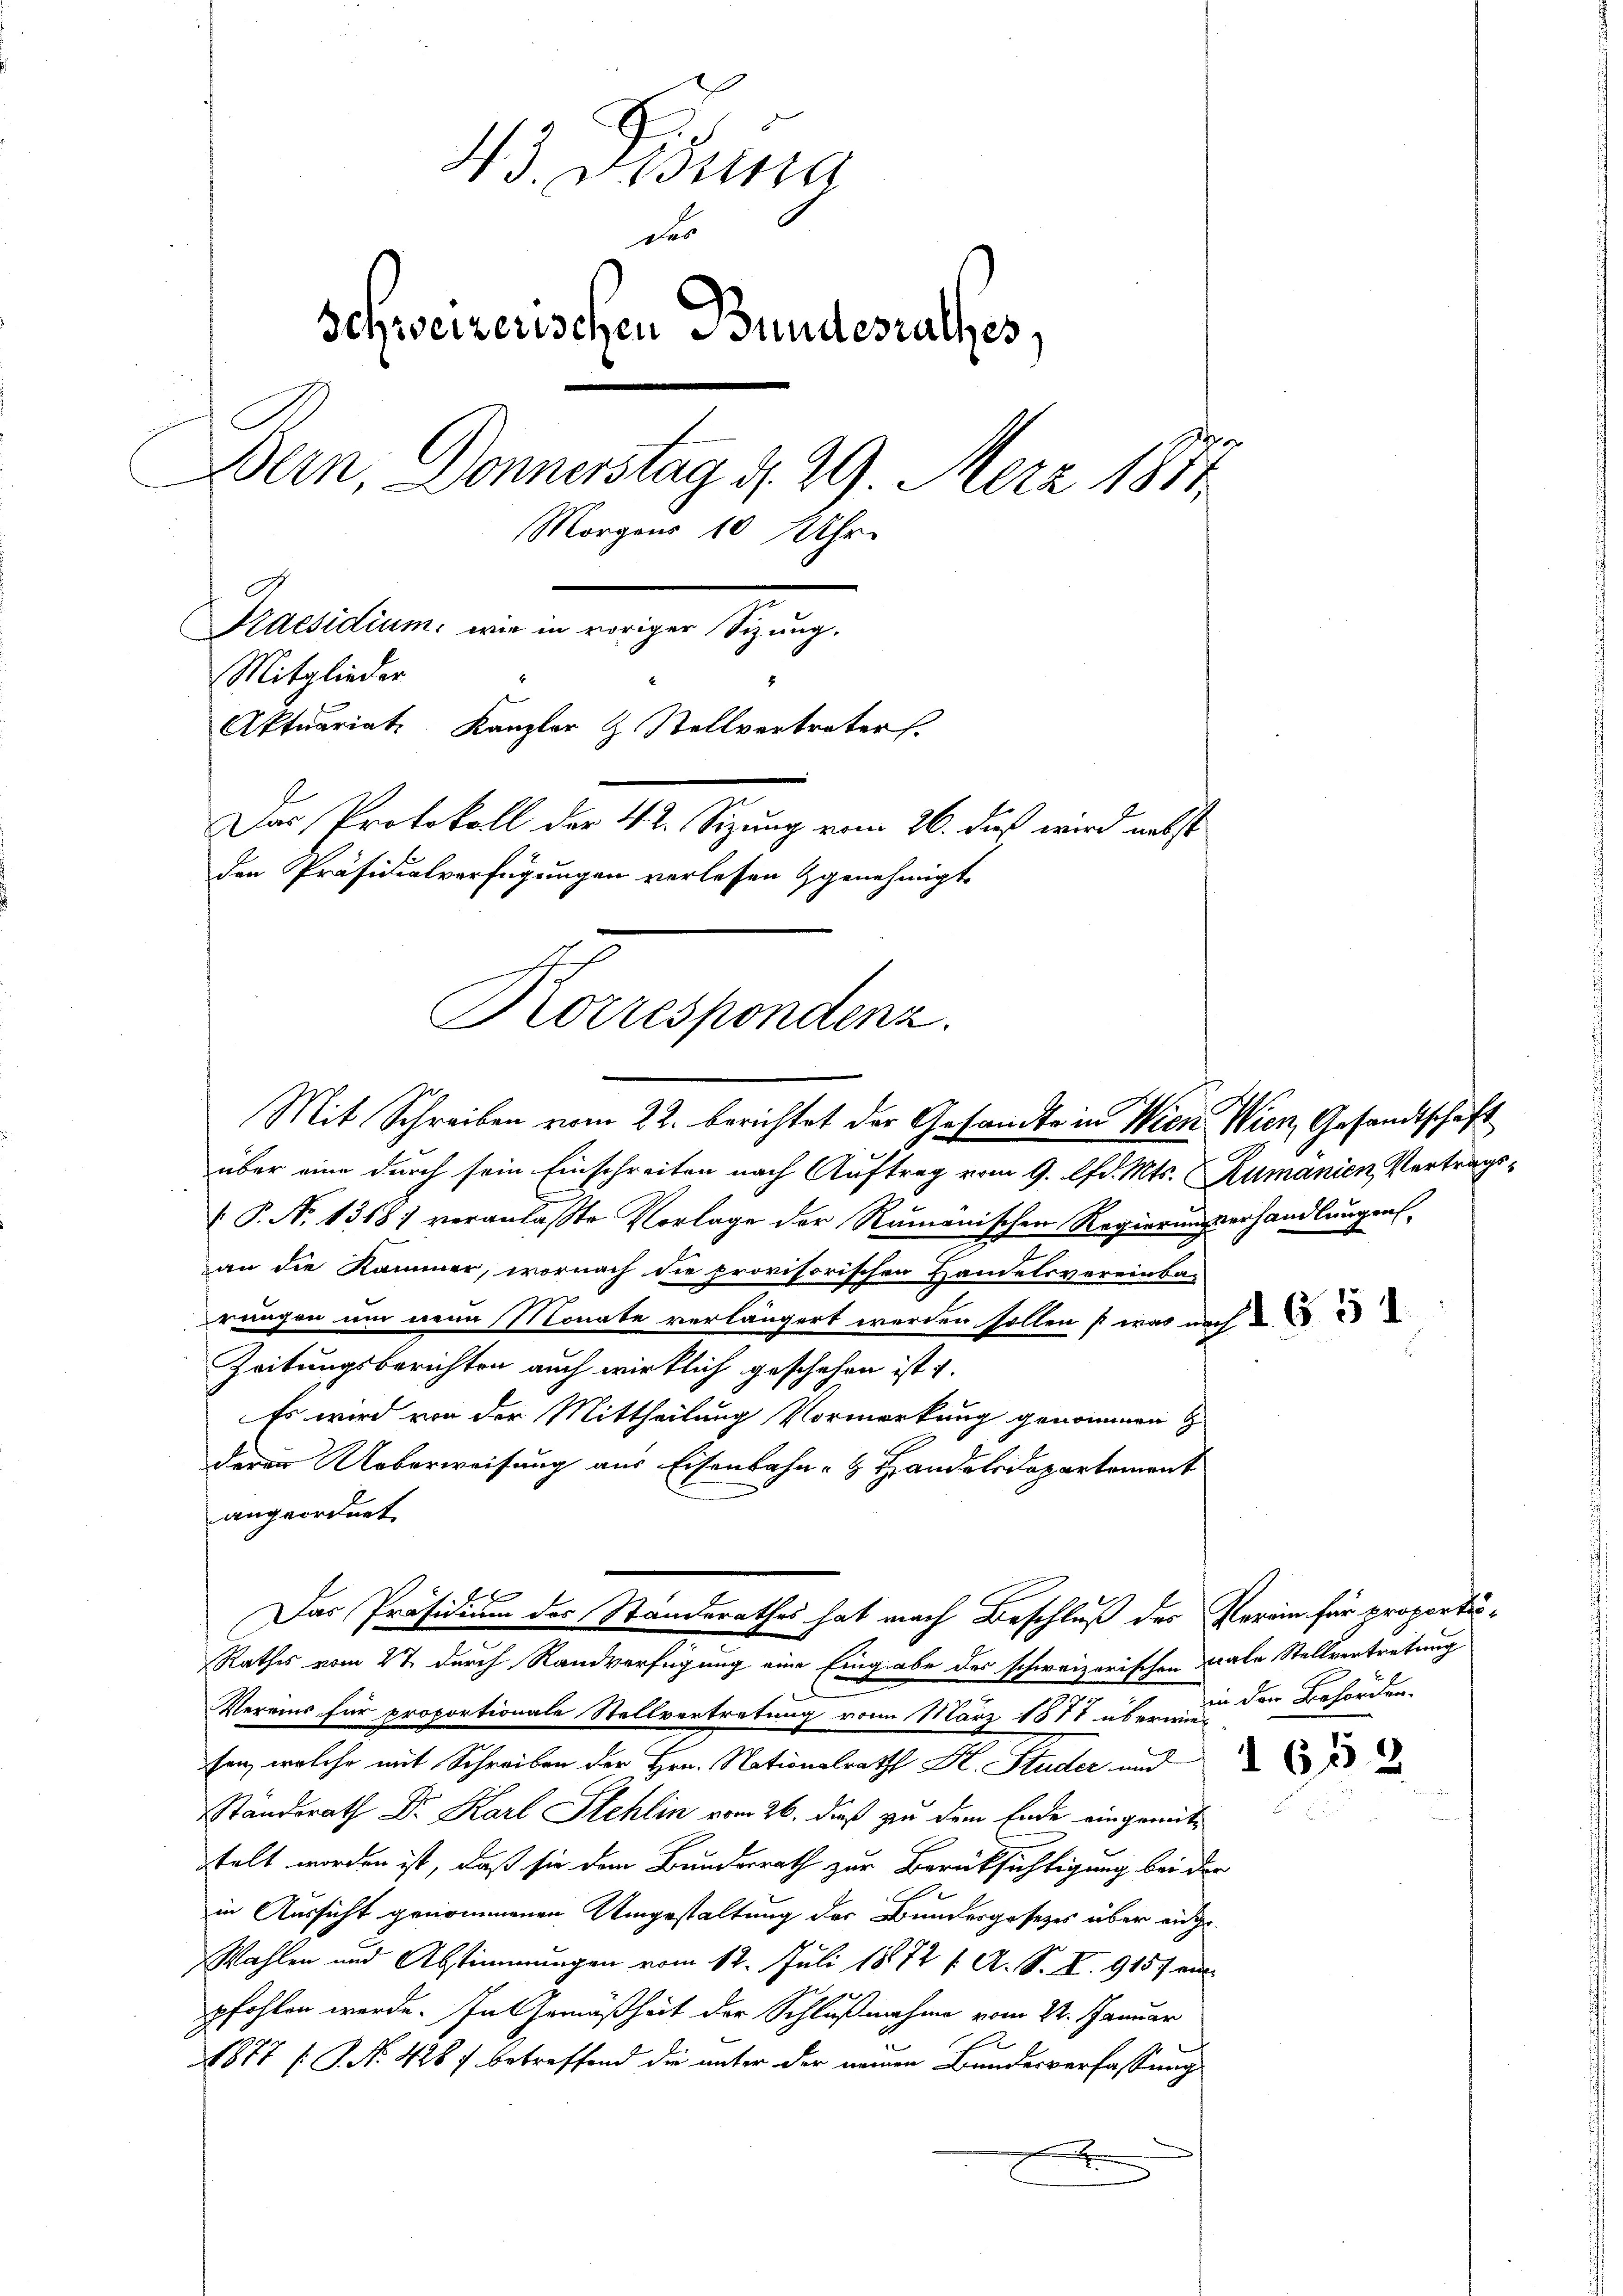
Korrespondenz.

13. Fina
das
Schweizerischen Bundesrathes,
Bern, Donnerstag d. 29. Merz 1811.
Morgens 10 Uhr.
Praesidium, wie in voriger Sizung.
Mitglieder
Aktuariat Kanzler & Stellvertreters
Das Protokoll der 4 t. Sizung vom 26. dieß wird nebst
den Präsidialverfügungen verlesen genehmigt

Mit Schreiben vom 22. berichtet der Gesandte in Wien. Wien, Gesandtschaft
über eine durch sein Einschreiten nach Auftrag vom 9. lfd. Mts. Rumänien, Vertrags-
 P. N. 1318; veranlaßte Vorlage der Ramanischen Regierungserhandlungen
an die Kammer, wornach die provisorischen Handelsvereinba-
rungen um neun Monate verlängert werden sollen so was nach
Zeitungsberichten auch wirklich geschehen ist u.
Es wird von der Mittheilung Vormerkung genommen
deren Ueberweisung aus Eisenbahn- & Handelsdepartement
angeordnet.
Rathes vom 27. durch Randverfügung eine Eingabe des schweizerischen Diale Stellvertretung
Vereins für proportionale Stellvertretung vom März 1871 über in der Behörden.
sen, welche mit Schreiben der Hrn. Nationalrath Dr. Studer und
Standsrath Dr. Karl Stehlin vom 26. dieß zu dem Ende eingemittelt worden ist, daß sie dem Bundesrath zur Berücksichtigung bei der
in Aussicht genommenen Umgestaltung des Bundesgesetzes über einge¬
Wahlen und Abstimmungen vom 12. Juli 1872 f. A. S. Z. 915. ein
pfohlen werde. In Gemäßheit der Schlußnahme vom 22. Januar
.
1877 [P. Nr. 428, betreffend die unter der neuen Bundesverfassung
x

Das Präsidium des Standerathes hat nach Beschluß des Verein für proportis¬